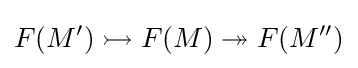
F(M')\rightarrowtail F(M)\twoheadrightarrow F(M'')